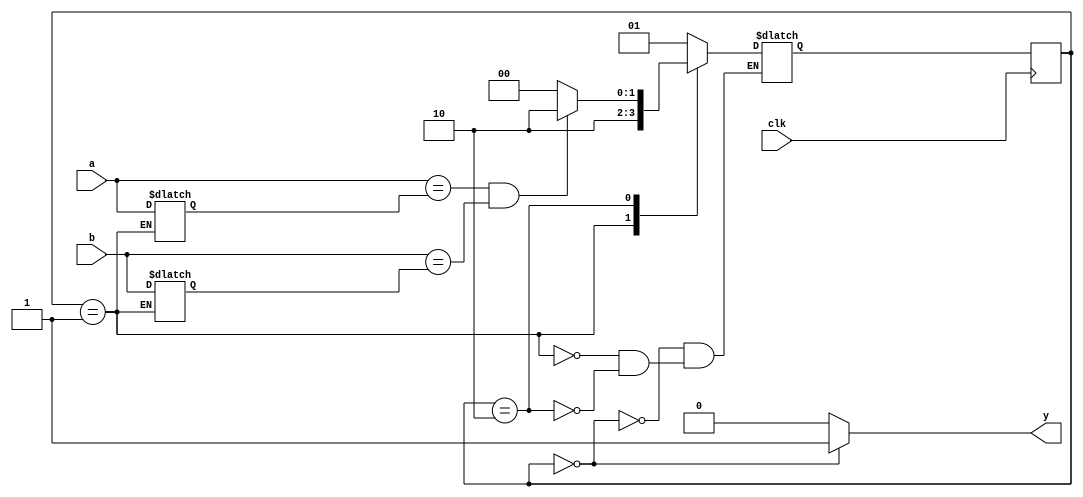
`timescale 1ns / 1ps
//////////////////////////////////////////////////////////////////////////////////
// Company: 
// Engineer: 
// 
// Design Name: 
// Module Name: memoria
// Project Name: 
// Target Devices: 
// Tool Versions: 
// Description: 
// 
// Dependencies: 
// 
// Revision:
// Revision 0.01 - File Created
// Additional Comments:
// 
//////////////////////////////////////////////////////////////////////////////////


module memoria(
    input [31:0]a,b,
    input clk,
    output y

    );
    
    parameter S_inicial = 2'b00;  
    parameter S_guardar_numeros = 2'b01;  
    parameter S_revisar_si_cambiaron = 2'b10;  
    
    reg [1:0]state,nextstate;

    reg [31:0]aux_a;
    reg [31:0]aux_b;

    // state register
    always@(posedge clk)begin
        state <= nextstate;
    end
   
    // nextstate logic 
    always@* begin
        case(state)
            S_inicial: 
                nextstate = S_guardar_numeros;
                
            S_guardar_numeros:
                nextstate = S_revisar_si_cambiaron;
                
            S_revisar_si_cambiaron:
                if( a == aux_a && b == aux_b ) nextstate = S_revisar_si_cambiaron;
                else nextstate = S_inicial;
 
        endcase        
    end
    
    // output logic
    always @* begin: HOLA     
        if(state == S_guardar_numeros) begin
            aux_a = a;
            aux_b = b;
        end             
    end
    
    assign y = (state == S_inicial) ? 1 : 0;
    
endmodule